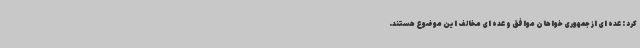
کرد : عده ای از جمهوری خواهان موافق و عده ای مخالف این موضوع هستند.